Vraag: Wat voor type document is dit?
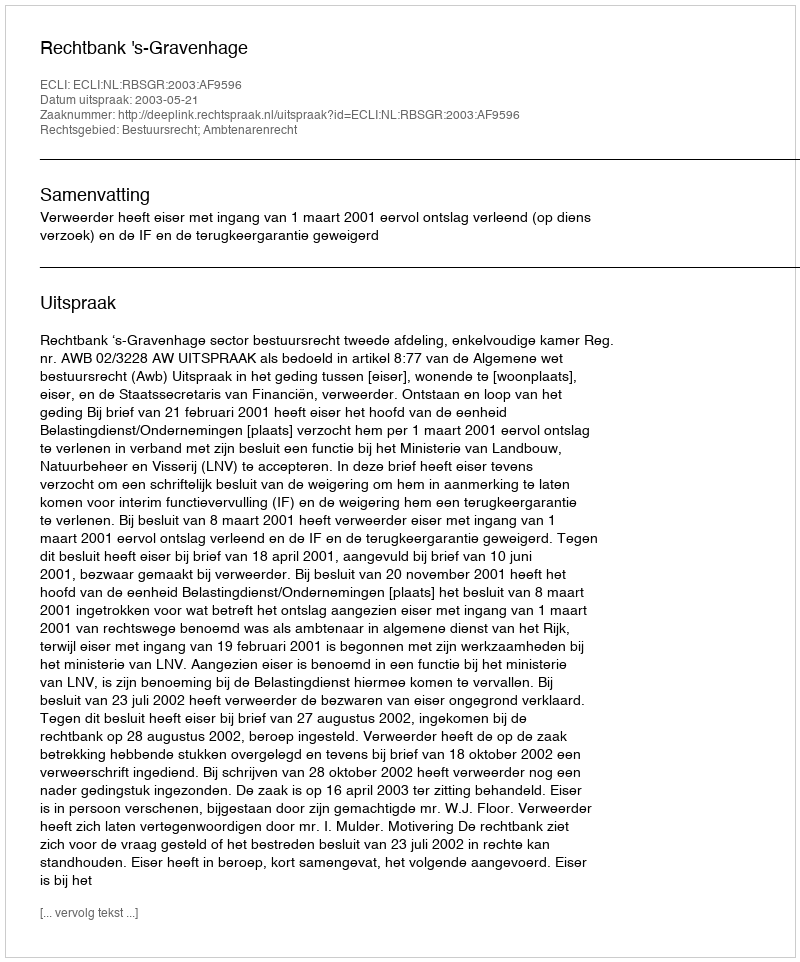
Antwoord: Uitspraak